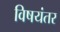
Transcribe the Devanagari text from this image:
विषयंतर